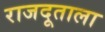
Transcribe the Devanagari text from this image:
राजदूताला